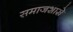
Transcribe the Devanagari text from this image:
समाजशास्रे